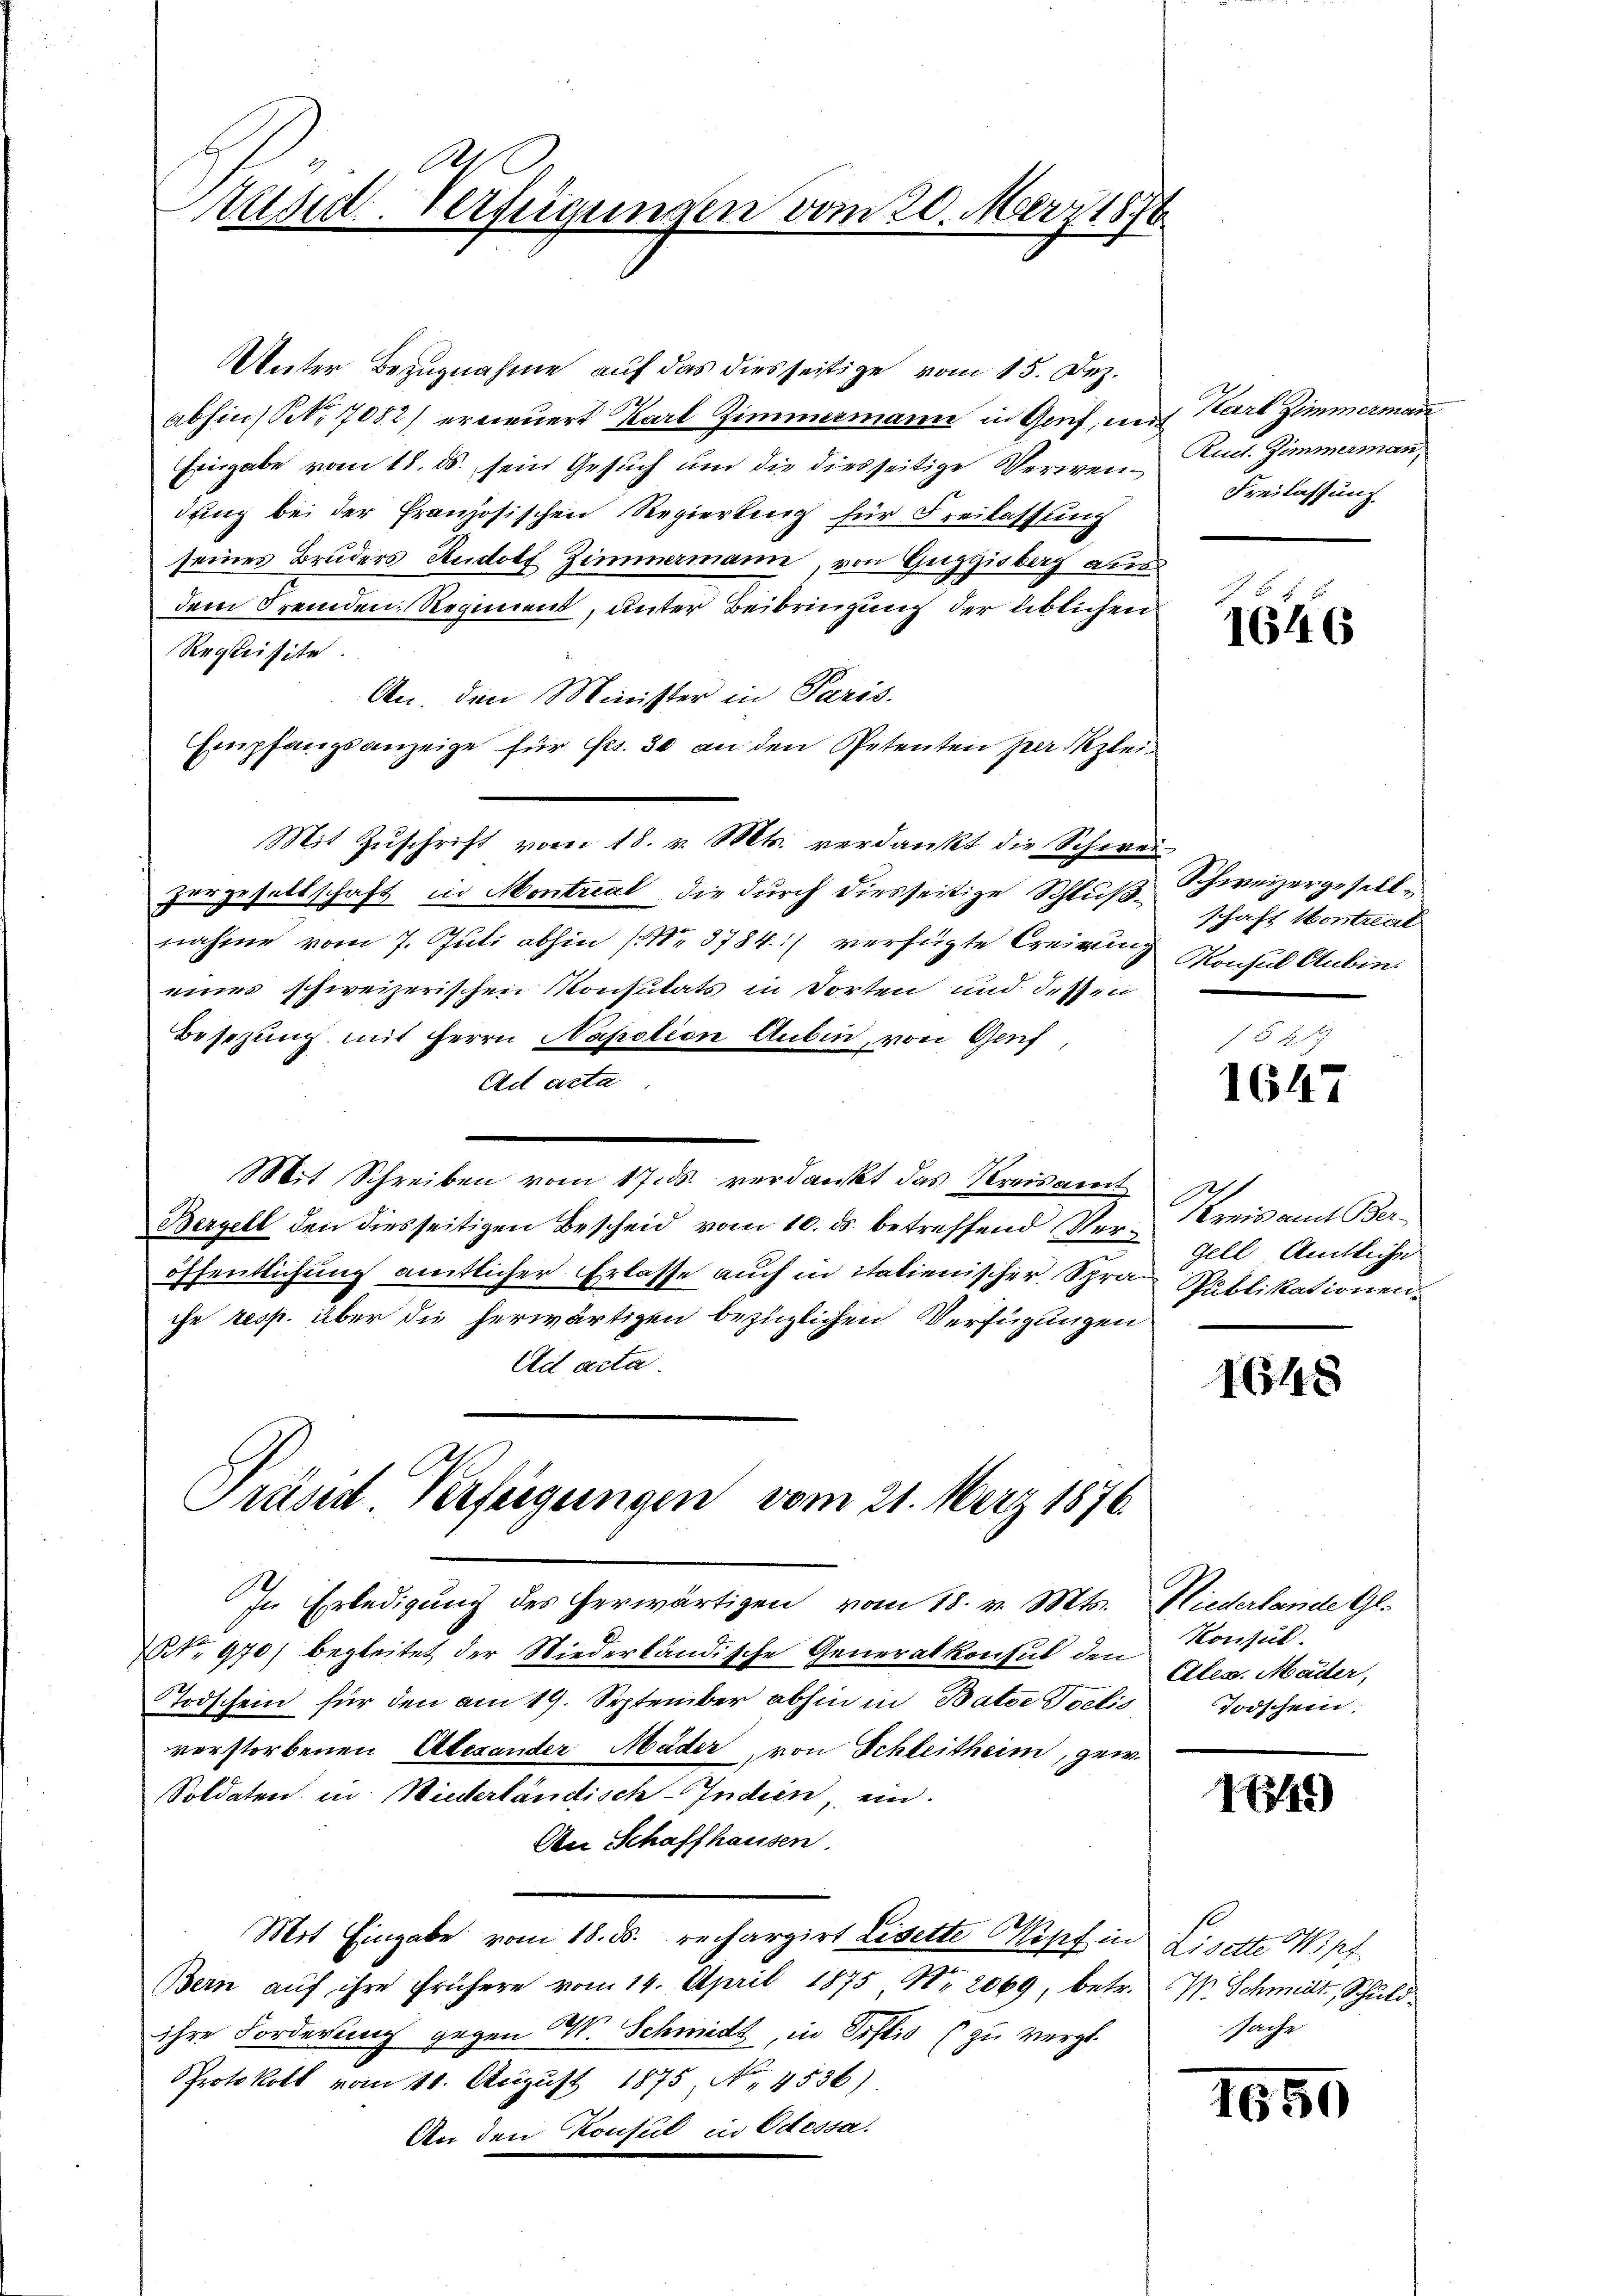
Kusid. Verfügungen vom 20. März 1876

Unter Bezugnahme auf das diesseitige vom 15. Dez.
abhin Nr. 7082) erneuert Karl Zimmermann in Gruf, in
Eingabe vom 18. ds. sein Gesuch und die diesseitige Verwendung bei der französischen Regierung für Freilassung
seines Bruders Rudolf Zimmermann, von Heggisberg aus
dem Fremden-Regiment, unter Beibringung der üblichen
Requisite.
An. den Minister in Paris.
Empfangsanzeige für frs. 30 an den Petenten per lei¬
Mit Zuschrift vom 18. v. Mts. verdankt die Schwei-
Zurgesaltschaft in Montrial die durch diesseitige Schlußnahme vom 7. Juli abhin (No. 3784) verfügte Creirung Konsul Anbineines schweizerischen Konsulats in dorten und dessen
Besezung mit Herrn Napotion Anbin, von Genf
Act acta
Mit Schreiben vom 17. ds. verdankt das Kreisamt
Bergell den diesseitigen Bescheid vom 10. ds. betreffend Ver-Kreisamt Beröffentlichung amtlicher Erlasse auch in italienischer Spra Publikationen.
ihr resp. über die herwärtigen bezüglichen Verfügungen
Ad acta.
Präsid Verfügungen vom 21. März 1876.
In Erledigung des herwärtigen vom 18. v. Mts. Niederlande Gl.
NNo. 970) begleitet der Niederländische Generalkonsul den Konsul¬
Todschein für den am 19. September abhin in Bator Poelis
verstorbenen Alexander Mäder, von Schleitheim, gew
Soldaten in Wiedertändisch-Indien, ein
An Schaffhausen.
Mit Eingabe vom 18. ds. rechargirt Lisette Kopf in Lisette Wipf
Bern aŭf ihre frühere vom 14. April 1875 N. 2069, betr.
ihre Forderung gegen W. Schmidt, in Pfeis zu vergl.
Protokoll vom 10. August 1875, No. 4536)
An den Konsul in Odessa.

Karl Zimmerman
Rud. Zimmerman
Freilassung

1646

Schweizergesell
schaft Montral

1647

gell Amtliche

1648

Ales. Mäder,
Todschein;

149)

V. Schmeilt, Schuld
sache

1659